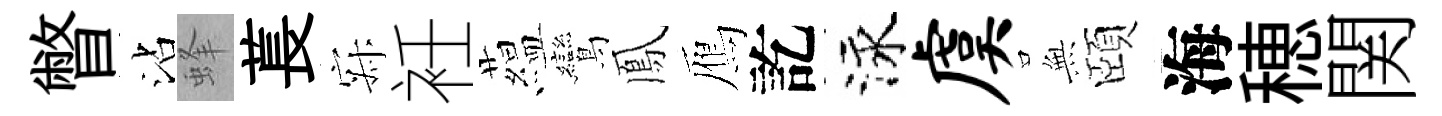
瞥沾蜂萇寂衽藴鸞鳳鴈訖泳虞𭴾頤海穂関